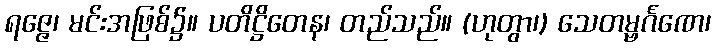
ရဇ္ဇေ၊ မင်းအဖြစ်၌။ ပတိဋ္ဌိတေန၊ တည်သည်။ (ဟုတွာ၊) သေတမ္ဗင်္ဂဏေ၊